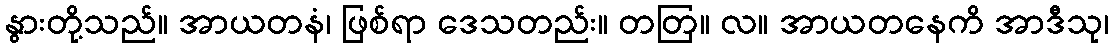
နွားတို့သည်။ အာယတနံ၊ ဖြစ်ရာ ဒေသတည်း။ တတြ။ လ။ အာယတနေကိ အာဒီသု၊